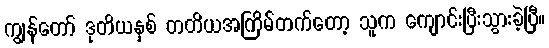
ကျွန်တော် ဒုတိယနှစ် တတိယအကြိမ်တက်တော့ သူက ကျောင်းပြီးသွားခဲ့ပြီ။